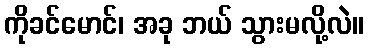
ကိုခင်မောင်၊ အခု ဘယ် သွားမလို့လဲ။